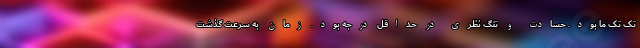
تک تک ما بود. حسادت و تنگ نظری در حداقل درجه بود. زمان به سرعت گذشت